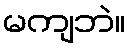
မကျဘဲ။